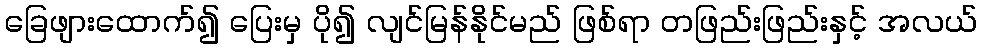
ခြေဖျားထောက်၍ ပြေးမှ ပို၍ လျင်မြန်နိုင်မည် ဖြစ်ရာ တဖြည်းဖြည်းနှင့် အလယ်